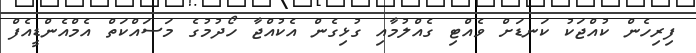
ފިރިހެން ކުއްޖަކު ކަނޑަށް ވެއްޓި ގެއްލުމާއި ގުޅިގެން އެކުއްޖާ ހޯދުމުގެ މަސައްކަތް އެމްއެންޑީއެފް